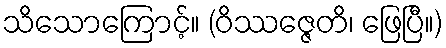
သိသောကြောင့်။ (ဝိဿဇ္ဇေတိ၊ ဖြေပြီ။)